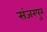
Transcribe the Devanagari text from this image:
संजरपुर